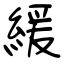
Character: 緩